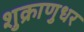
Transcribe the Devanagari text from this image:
शुक्राणुधर